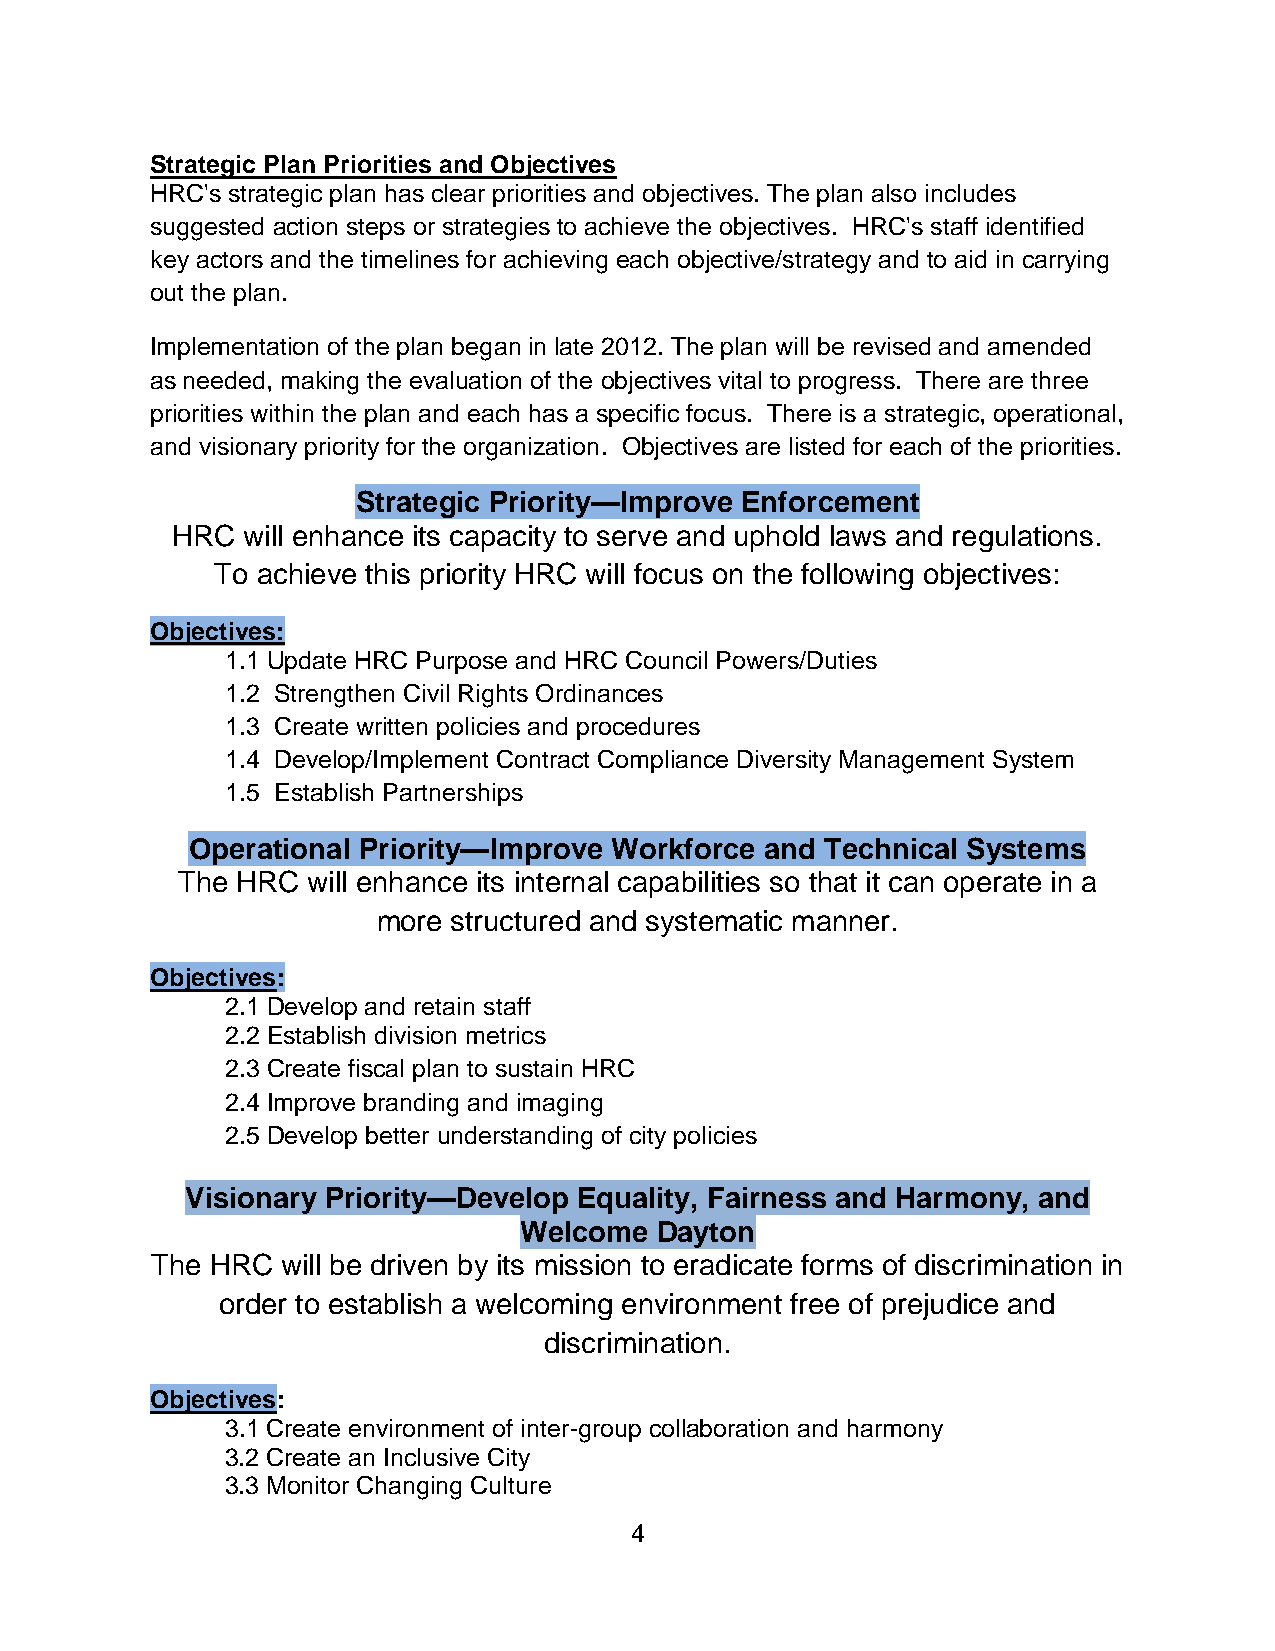
Strategic Plan Priorities and Objectives
 HRC's strategic plan has clear priorities and objectives. The plan also includes
 suggested action steps or strategies to achieve the objectives. HRC's staff identified
 key actors and the timelines for achieving each objective/strategy and to aid in carrying
 out the plan.
 Implementation of the plan began in late 2012. The plan will be revised and amended
 as needed, making the evaluation of the objectives vital to progress. There are three
 priorities within the plan and each has a specific focus. There is a strategic, operational,
 and visionary priority for the organization. Objectives are listed for each of the priorities.
 Strategic Priority—Improve Enforcement
 HRC  will enhance its capacity to serve and uphold laws and regulations.
 To achieve this priority HRC will focus on the following objectives:
 Objectives:
 1.1 Update HRC Purpose and HRC Council Powers/Duties
 1.2 Strengthen Civil Rights Ordinances
 1.3 Create written policies and procedures
 1.4 Develop/Implement Contract Compliance Diversity Management System
 1.5 Establish Partnerships
 Operational Priority—Improve Workforce and Technical Systems
 The HRC will enhance its internal capabilities so that it can operate in a
 more structured and systematic manner.
 Objectives:
 2.1 Develop and retain staff
 2.2 Establish division metrics
 2.3 Create fiscal plan to sustain HRC
 2.4 Improve branding and imaging
 2.5 Develop better understanding of city policies
 Visionary Priority—Develop Equality, Fairness and Harmony, and
 Welcome  Dayton
 The HRC  will be driven by its mission to eradicate forms of discrimination in
 order to establish a welcoming environment free of prejudice and
 discrimination.
 Objectives:
 3.1 Create environment of inter-group collaboration and harmony
 3.2 Create an Inclusive City
 3.3 Monitor Changing Culture
 4